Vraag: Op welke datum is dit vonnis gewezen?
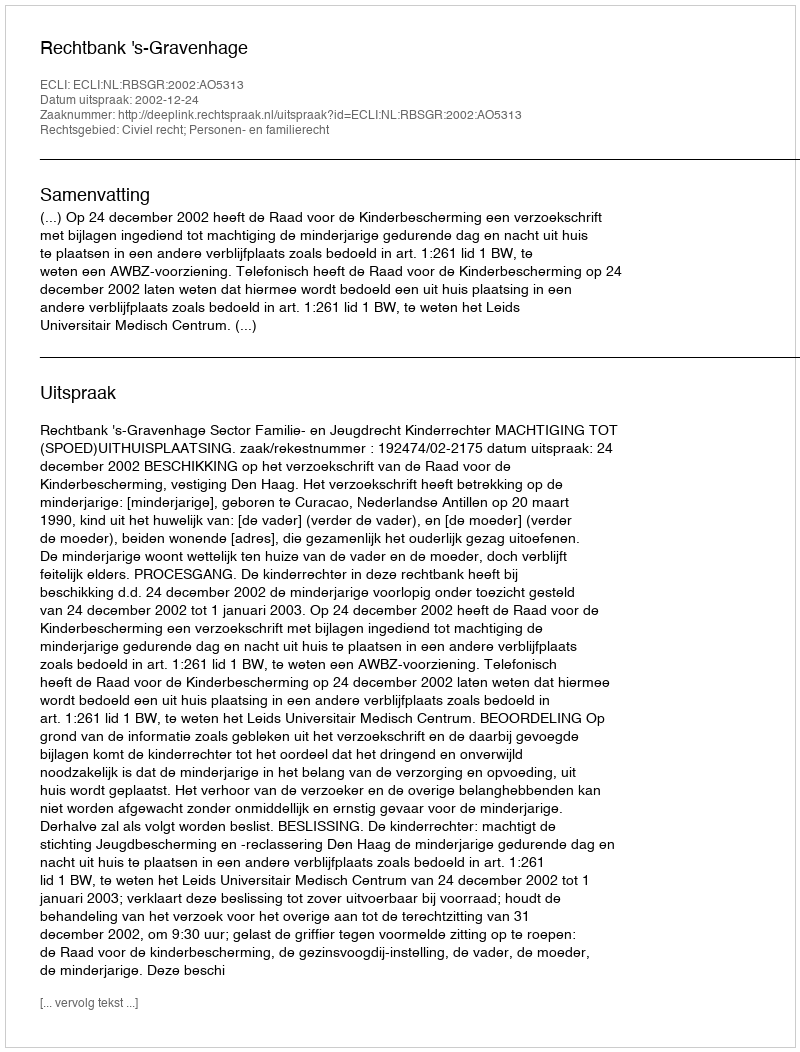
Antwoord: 2002-12-24